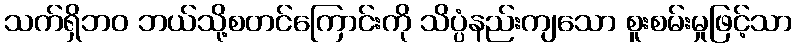
သက်ရှိဘဝ ဘယ်သို့စတင်ကြောင်းကို သိပ္ပံနည်းကျသော စူးစမ်းမှုဖြင့်သာ